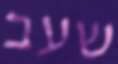
שעב